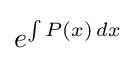
e^{\int P(x)\,dx}